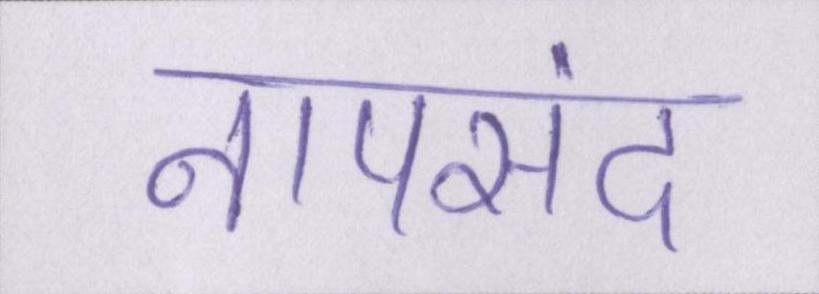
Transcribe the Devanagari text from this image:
नापसंद